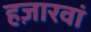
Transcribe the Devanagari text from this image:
हज़ारवां